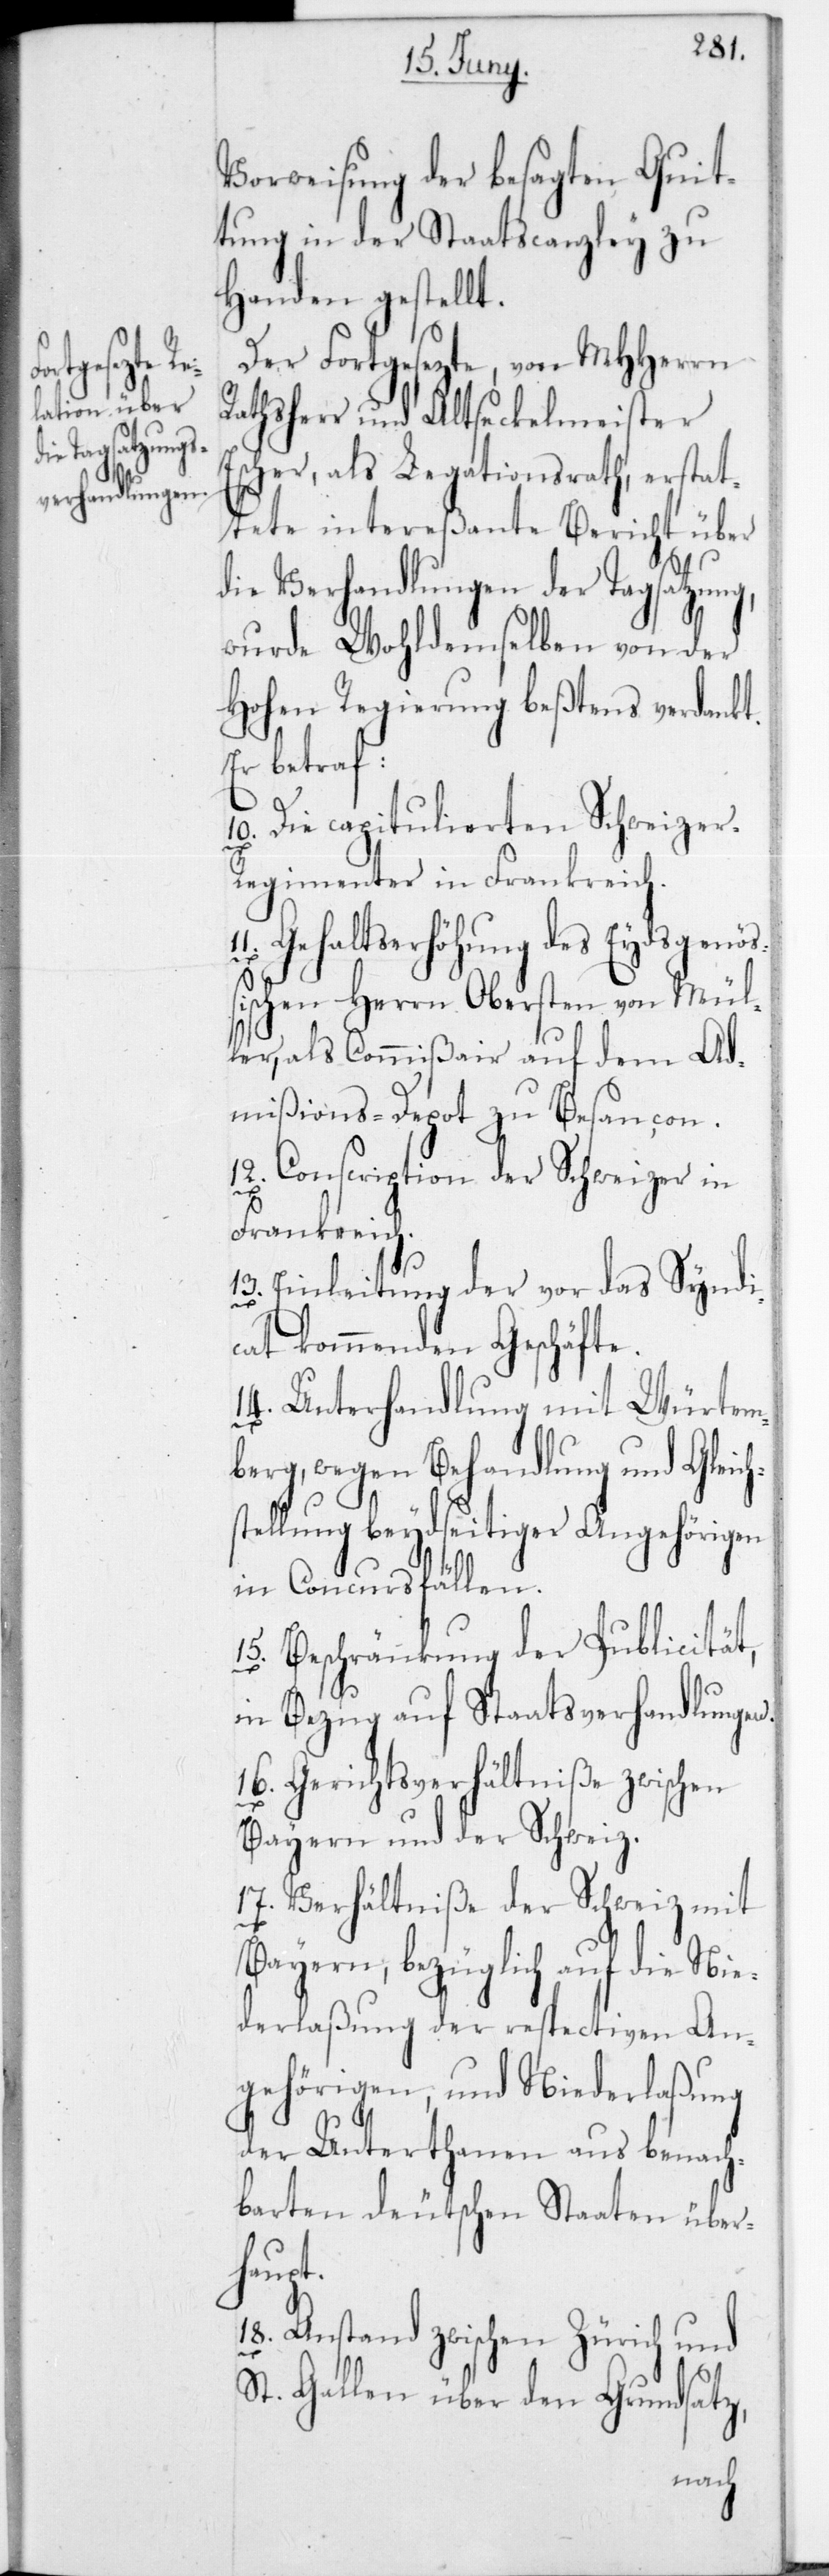
r-R¬

Vorweisung der besagten Quit¬
tung in der Staatscanzley zu
Handen gestellt.
Der Fortgesetzte, von MHherrn
Rathsherr und Altseckelmeister
Escher, als Legationsrath, erstat¬
tete intereßante Bericht über
die Verhandlungen der Tagsatzung,
wurde Wohldemselben von der
Hohen Regierung beßtens verdankt.
Er betraf:
Die capitulierten Schweize¬
egimenter in Frankreich.
Gehaltserhöhung des Eydsgenöß¬
ischen Herrn Obersten von Mül¬
ler, als Commißair auf dem Ad¬
mißions-Depot zu Besançon.
12.) Conscription der Schweizer in
Frankreich.
13.) Einleitung der vor das Syndi¬
cat kommenden Geschäfte.
14.) Unterhandlung mit Würtem¬
berg, wegen Behandlung und Gleich¬
stellung beydseitiger Angehörigen
in Concursfällen.
Beschränkung der Publicität,
in Bezug auf Staatsverhandlungen.
16.) Gerichtsverhältniße zwischen
Bayern und der Schweiz.
17.) Verhältniße der Schweiz mit
Bayern, bezüglich auf die Nie¬
derlaßung der respectiven An¬
gehörigen, und Niederlaßung
der Unterthanen aus benach¬
barten deutschen Staaten über¬
haupt.
18.) Anstand zwischen Zürich und
St. Gallen über den Grundsatz,